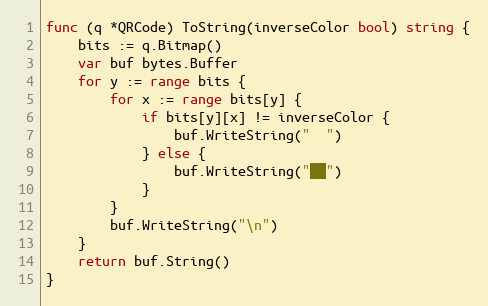
Language: Go
func (q *QRCode) ToString(inverseColor bool) string {
	bits := q.Bitmap()
	var buf bytes.Buffer
	for y := range bits {
		for x := range bits[y] {
			if bits[y][x] != inverseColor {
				buf.WriteString("  ")
			} else {
				buf.WriteString("██")
			}
		}
		buf.WriteString("\n")
	}
	return buf.String()
}